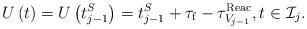
LaTeX: \begin{align*}U\left(t\right)=U\left(t^S_{j-1}\right)=t^S_{j-1}+\tau_{\rm f}-\tau^{\rm Reac}_{V_{j-1}}, t \in \mathcal{I}_j.\end{align*}